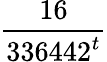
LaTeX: \frac{16}{336442^{t}}